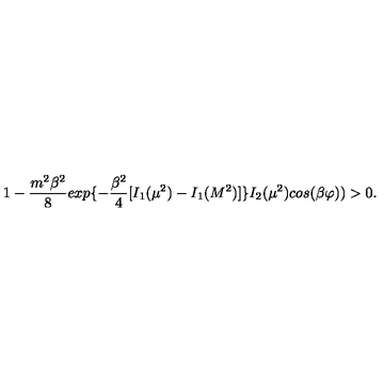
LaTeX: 1 - { \frac { m ^ { 2 } \beta ^ { 2 } } { 8 } } e x p \{ - { \frac { \beta ^ { 2 } } { 4 } } [ I _ { 1 } ( \mu ^ { 2 } ) - I _ { 1 } ( M ^ { 2 } ) ] \} I _ { 2 } ( \mu ^ { 2 } ) c o s ( \beta \varphi ) ) > 0 .